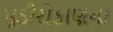
મૂડીરોકાણના